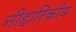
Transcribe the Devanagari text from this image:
नीहारिकीय